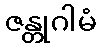
ဇန္တုဂါမံ